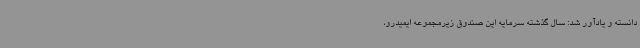
دانسته و یادآور شد: سال گذشته سرمایه این صندوق زیرمجموعه ایمیدرو،